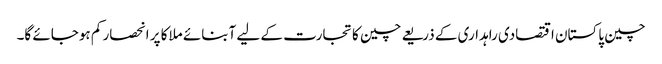
چین پاکستان اقتصادی راہداری کے ذریعے چین کا تجارت کے لیے آبنائے ملاکا پر انحصار کم ہوجائے گا۔